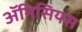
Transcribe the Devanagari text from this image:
ॲनिसियस